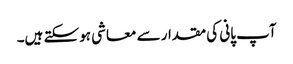
آپ پانی کی مقدار سے معاشی ہوسکتے ہیں۔